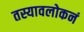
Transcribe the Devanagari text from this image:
तस्यावलोकनं